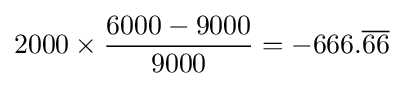
2000\times {\frac {6000-9000}{9000}}=-666.{\overline {66}}